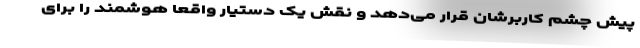
پیش چشم کاربرشان قرار می‌دهد و نقش یک دستیار واقعا هوشمند را برای